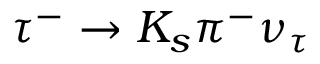
\tau ^ { - } \to K _ { s } \pi ^ { - } \nu _ { \tau }